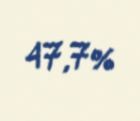
47,7%